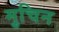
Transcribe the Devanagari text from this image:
मुचिन